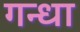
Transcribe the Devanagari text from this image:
गन्धा